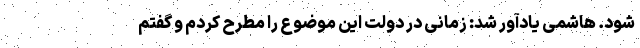
شود. هاشمی یادآور شد: زمانی در دولت این موضوع را مطرح کردم و گفتم